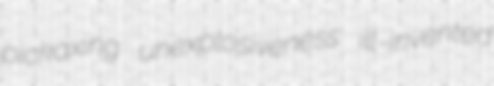
pickaxing unexplosiveness ill-invented